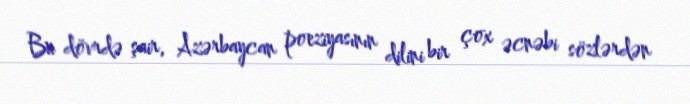
Bu dövrdə şair, Azərbaycan poeziyasının dilini bir çox əcnəbi sözlərdən